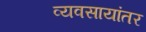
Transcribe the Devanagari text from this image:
व्यवसायांतर